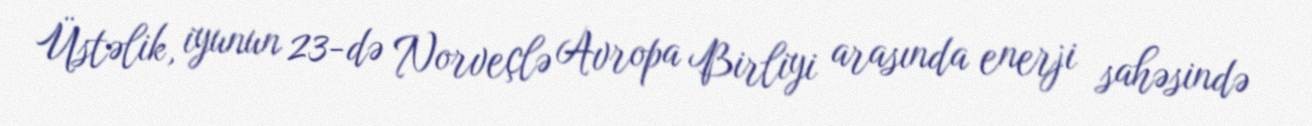
Üstəlik, iyunun 23-də Norveçlə Avropa Birliyi arasında enerji sahəsində